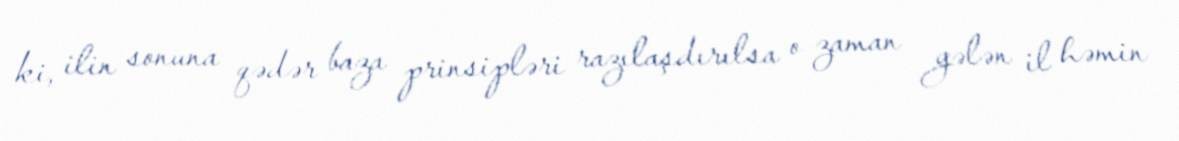
ki, ilin sonuna qədər baza prinsipləri razılaşdırılsa o zaman gələn il həmin